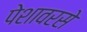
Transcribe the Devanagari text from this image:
पेशावरसे